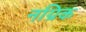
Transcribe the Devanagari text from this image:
नग्रिक